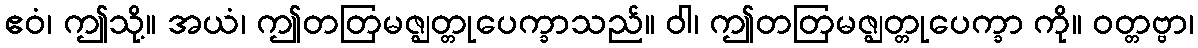
ဧဝံ၊ ဤသို့။ အယံ၊ ဤတတြမဇ္ဈတ္တုပေက္ခာသည်။ ဝါ၊ ဤတတြမဇ္ဈတ္တုပေက္ခာ ကို။ ဝတ္တဗ္ဗာ၊